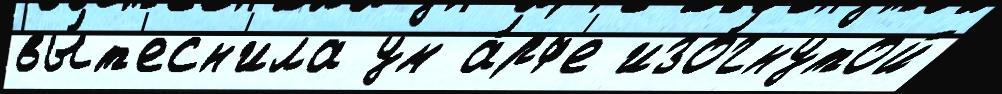
вы́т'есн'ила ум а́рф'е изо́гнутой